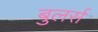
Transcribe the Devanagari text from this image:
बुलर्स